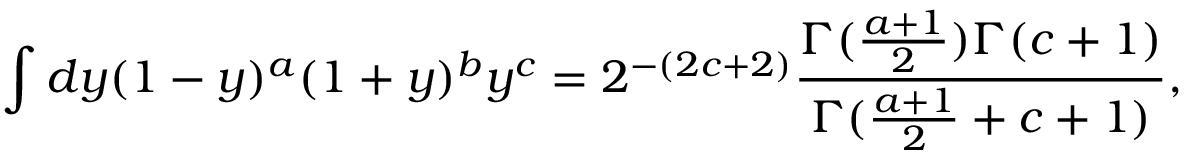
\int d y ( 1 - y ) ^ { a } ( 1 + y ) ^ { b } y ^ { c } = 2 ^ { - ( 2 c + 2 ) } { \frac { \Gamma ( { \frac { a + 1 } { 2 } } ) \Gamma ( c + 1 ) } { \Gamma ( { \frac { a + 1 } { 2 } } + c + 1 ) } } ,